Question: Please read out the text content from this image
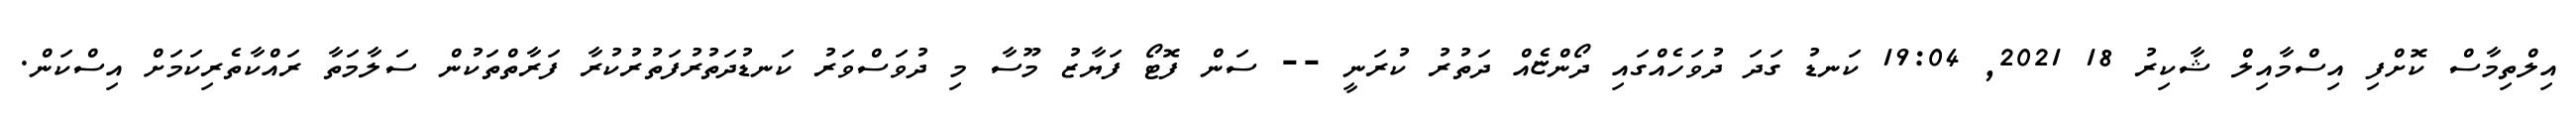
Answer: އިލްތިމާސް ކޮށްފި އިސްމާއިލް ޝާކިރު 18 2021, 19:04 ކަނޑު ގަދަ ދުވަހެއްގައި ދޯންޏެއް ދަތުރު ކުރަނީ -- ސަން ފޮޓޯ ފަޔާޒު މޫސާ މި ދުވަސްވަރު ކަނޑުދަތުރުފަތުރުކުރާ ފަރާތްތަކުން ސަލާމަތާ ރައްކާތެރިކަމަށް އިސްކަން.